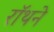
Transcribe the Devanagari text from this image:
रॉथने